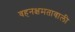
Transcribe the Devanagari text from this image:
वहनक्षमतावाली